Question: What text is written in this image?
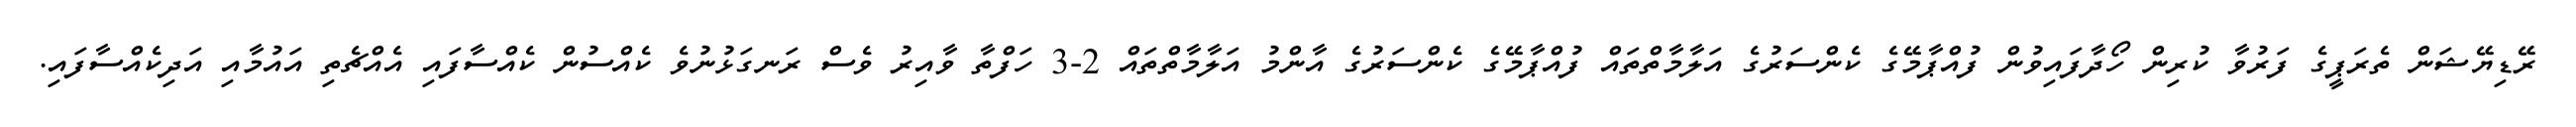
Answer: ރޭޑިޔޭޝަން ތެރަޕީގެ ފަރުވާ ކުރިން ހޯދާފައިވުން ފުއްޕާމޭގެ ކެންސަރުގެ އަލާމާތްތައް ފުއްޕާމޭގެ ކެންސަރުގެ އާންމު އަލާމާތްތައް 2-3 ހަފްތާ ވާއިރު ވެސް ރަނގަޅުނުވެ ކެއްސުން ކެއްސާފައި އެއްޗެތި އައުމާއި އަދިކެއްސާފައި.